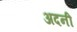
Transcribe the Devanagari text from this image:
अदनी